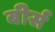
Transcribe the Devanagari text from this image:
बीर्स